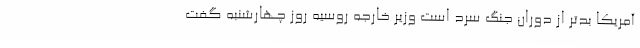
آمریکا بدتر از دوران جنگ سرد است وزیر خارجه روسیه روز چهارشنبه گفت